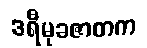
ဒရီမုခဇာတက